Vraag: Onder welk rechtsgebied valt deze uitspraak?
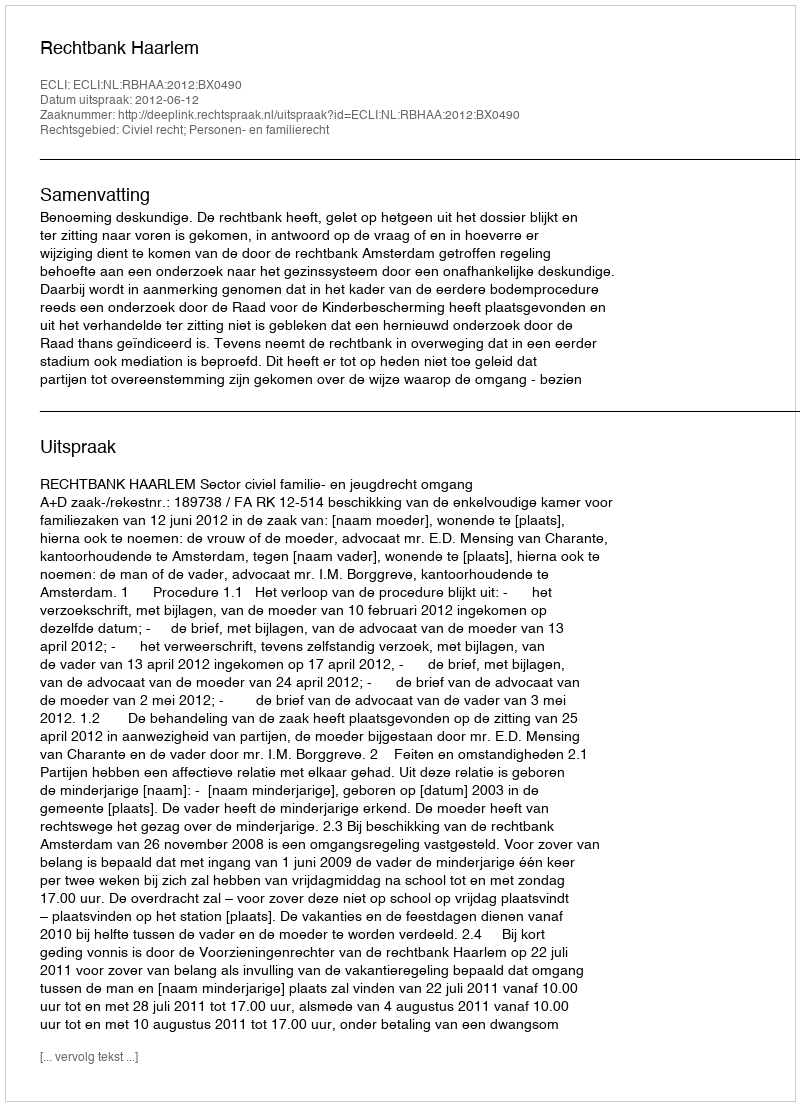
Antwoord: Civiel recht; Personen- en familierecht